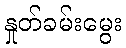
နှုတ်ခမ်းမွေး